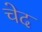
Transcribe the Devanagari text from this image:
चेद